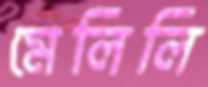
মেলিলি